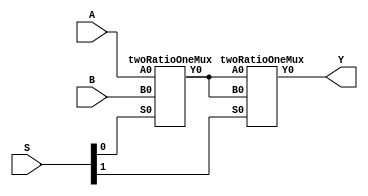
module fourRatioOneMux(Y, S, A, B);
  input A, B;
  input [1:0] S;
  output Y;
  wire t1, t2;
  twoRatioOneMux M1(t1, S[0], A, B);
  twoRatioOneMux M2(Y, S[1], t1, t1);
endmodule

module twoRatioOneMux(Y0, S0, A0, B0);
  input A0, B0, S0;
  output Y0;
  reg Y0;
  always @(S0,A0,B0)
    begin 
      if(S0==0)
        Y0<=A0;
      else
        Y0<=B0;
    end    
endmodule